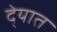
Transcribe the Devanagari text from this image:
दे्यात